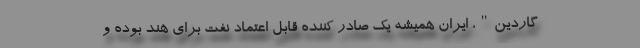
گاردین"، ایران همیشه یک صادر کننده قابل اعتماد نفت برای هند بوده و